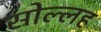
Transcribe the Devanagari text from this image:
सोल्लह